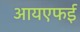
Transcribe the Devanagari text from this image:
आयएफई